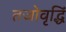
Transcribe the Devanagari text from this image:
तजोवृद्धिं